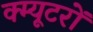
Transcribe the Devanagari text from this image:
क्म्यूटरों